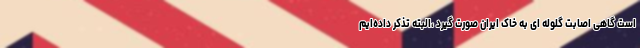
است گاهی اصابت‌ گلوله ای به خاک ایران صورت گیرد ،البته تذکر داده‌ایم